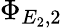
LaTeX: \Phi_{E_{2},2}